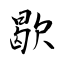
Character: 歇